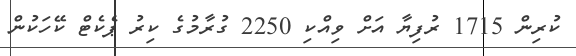
ކުރިން 1715 ރުފިޔާ އަށް ވިއްކި 2250 ގުރާމުގެ ކިރު ޕެކެޓް ކޭހަކުން